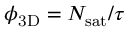
\ensuremath { \phi _ { \mathrm { 3 D } } } = \ensuremath { N _ { \mathrm { s a t } } } / \tau